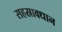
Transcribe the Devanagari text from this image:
सहस्रावधान